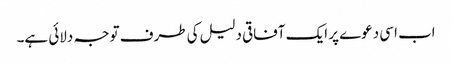
اب اسی دعوے پر ایک آفاقی دلیل کی طرف توجہ دلائی ہے۔